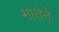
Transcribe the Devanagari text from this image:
मातेने